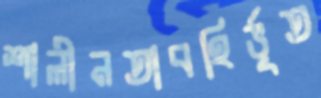
শালীনতাবহির্ভূত